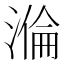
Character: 溣